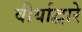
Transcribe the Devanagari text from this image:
वीर्याद्वारे